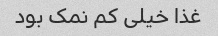
غذا خیلی کم نمک بود